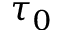
\tau _ { 0 }